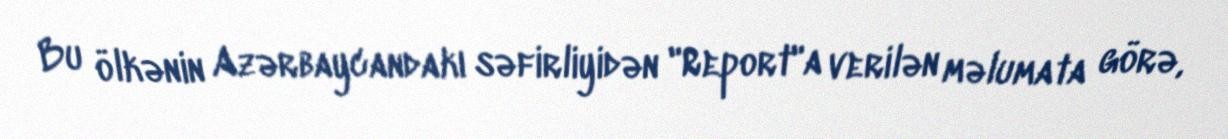
Bu ölkənin Azərbaycandakı səfirliyidən "Report"a verilən məlumata görə,